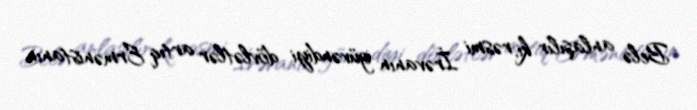
Belə anlaşılır ki, rəsmi İrəvanın güvəndiyi dövlətlər artıq Ermənistanın